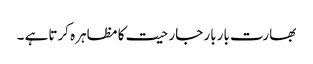
بھارت باربار جارحیت کا مظاہرہ کرتاہے ۔